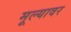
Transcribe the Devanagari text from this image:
मूल्यावर